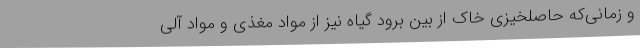
و زمانی‌که حاصلخیزی خاک از بین برود گیاه نیز از مواد مغذی و مواد آلی